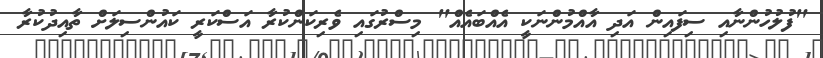
"ފުލުހުންނާއި ސިފައިން އަދި އާއްމުންނަކީ އެއްބައެއް" މިސްރުގައި ވެރިކަންކުރާ އަސްކަރީ ކައުންސިލަށް ތާއިދުކުރާ